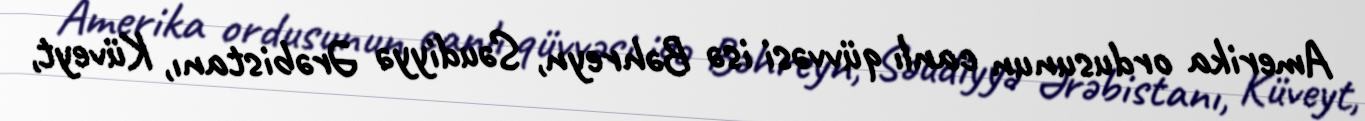
Amerika ordusunun canlı qüvvəsi isə Bəhreyn, Səudiyyə Ərəbistanı, Küveyt,